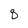
Character: 8